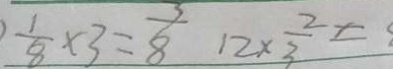
\frac { 1 } { 8 } \times 3 = \frac { 3 } { 8 } 1 2 \times \frac { 2 } { 3 } =